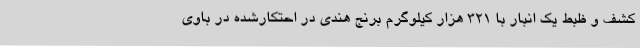
کشف و ظبط یک انبار با 321 هزار کیلوگرم برنج هندی در احتکارشده در باوی